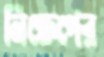
নিক্ষেপের